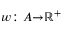
\scriptstyle w \colon A \to { \mathbb { R } } ^ { + }